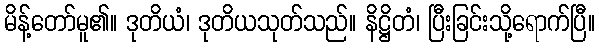
မိန့်တော်မူ၏။ ဒုတိယံ၊ ဒုတိယသုတ်သည်။ နိဋ္ဌိတံ၊ ပြီးခြင်းသို့ရောက်ပြီ။